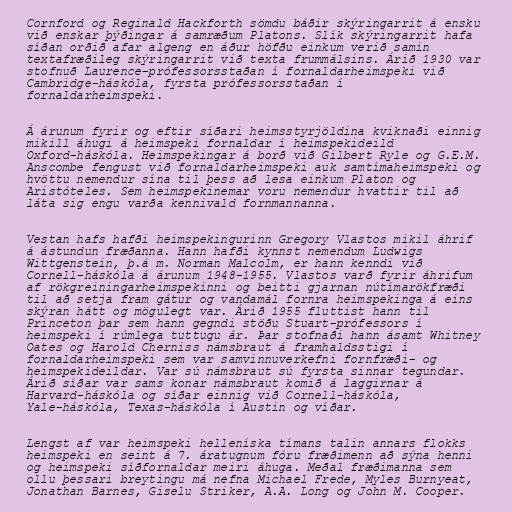
Cornford og Reginald Hackforth sömdu báðir skýringarrit á ensku
við enskar þýðingar á samræðum Platons. Slík skýringarrit hafa
síðan orðið afar algeng en áður höfðu einkum verið samin
textafræðileg skýringarrit við texta frummálsins. Árið 1930 var
stofnuð Laurence-prófessorsstaðan í fornaldarheimspeki við
Cambridge-háskóla, fyrsta prófessorsstaðan í
fornaldarheimspeki.

Á árunum fyrir og eftir síðari heimsstyrjöldina kviknaði einnig
mikill áhugi á heimspeki fornaldar í heimspekideild
Oxford-háskóla. Heimspekingar á borð við Gilbert Ryle og G.E.M.
Anscombe fengust við fornaldarheimspeki auk samtímaheimspeki og
hvöttu nemendur sína til þess að lesa einkum Platon og
Aristóteles. Sem heimspekinemar voru nemendur hvattir til að
láta sig engu varða kennivald fornmannanna.

Vestan hafs hafði heimspekingurinn Gregory Vlastos mikil áhrif
á ástundun fræðanna. Hann hafði kynnst nemendum Ludwigs
Wittgenstein, þ.á m. Norman Malcolm, er hann kenndi við
Cornell-háskóla á árunum 1948-1955. Vlastos varð fyrir áhrifum
af rökgreiningarheimspekinni og beitti gjarnan nútímarökfræði
til að setja fram gátur og vandamál fornra heimspekinga á eins
skýran hátt og mögulegt var. Árið 1955 fluttist hann til
Princeton þar sem hann gegndi stöðu Stuart-prófessors í
heimspeki í rúmlega tuttugu ár. Þar stofnaði hann ásamt Whitney
Oates og Harold Cherniss námsbraut á framhaldsstigi í
fornaldarheimspeki sem var samvinnuverkefni fornfræði- og
heimspekideildar. Var sú námsbraut sú fyrsta sinnar tegundar.
Árið síðar var sams konar námsbraut komið á laggirnar á
Harvard-háskóla og síðar einnig við Cornell-háskóla,
Yale-háskóla, Texas-háskóla í Austin og víðar.

Lengst af var heimspeki helleníska tímans talin annars flokks
heimspeki en seint á 7. áratugnum fóru fræðimenn að sýna henni
og heimspeki síðfornaldar meiri áhuga. Meðal fræðimanna sem
ollu þessari breytingu má nefna Michael Frede, Myles Burnyeat,
Jonathan Barnes, Giselu Striker, A.A. Long og John M. Cooper.